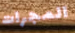
المجرات